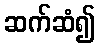
ဆက်ဆံ၍